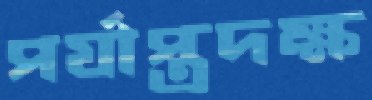
পর্যাপ্ত্রদক্ষ